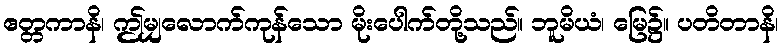
ဧတ္တကာနိ၊ ဤမျှလောက်ကုန်သော မိုးပေါက်တို့သည်။ ဘူမိယံ၊ မြေ၌။ ပတိတာနိ၊